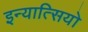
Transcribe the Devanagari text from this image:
इन्यात्सियो